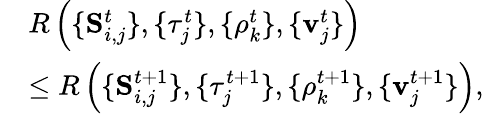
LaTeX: \begin{array}{rl}&{R\left(\{ \mathbf S_{i,j}^{t}\} ,\{ \tau_{j}^{t}\} ,\{ \rho_{k}^{t}\} ,\{ \mathbf v_{j}^{t}\} \right)}\\ &{\leq R\left(\{ \mathbf S_{i,j}^{t+1}\} ,\{ \tau_{j}^{t+1}\} ,\{ \rho_{k}^{t+1}\} ,\{ \mathbf v_{j}^{t+1}\} \right),}\end{array}